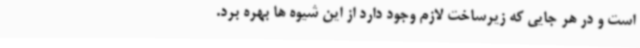
است و در هر جایی که زیرساخت لازم وجود دارد از این شیوه ها بهره برد.